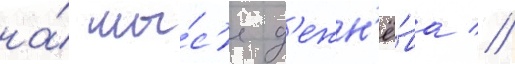
на́ мы́с'е д'ежн'ё́ва //